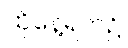
ထိုနေ့ရက်၌